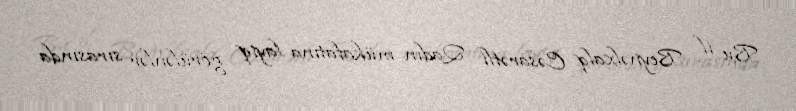
Bu il Beynəlxalq Cəsarətli Qadın mükafatına layiq görülənlər sırasında